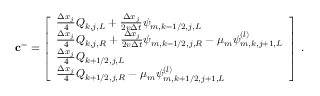
\mathbf { c } ^ { - } = \left[ \begin{array} { l } { \frac { \Delta x _ { j } } { 4 } Q _ { k , j , L } + \frac { \Delta x _ { j } } { 2 v \Delta t } \psi _ { m , k - 1 / 2 , j , L } } \\ { \frac { \Delta x _ { j } } { 4 } Q _ { k , j , R } + \frac { \Delta x _ { j } } { 2 v \Delta t } \psi _ { m , k - 1 / 2 , j , R } - \mu _ { m } \psi _ { m , k , j + 1 , L } ^ { ( l ) } } \\ { \frac { \Delta x _ { j } } { 4 } Q _ { k + 1 / 2 , j , L } } \\ { \frac { \Delta x _ { j } } { 4 } Q _ { k + 1 / 2 , j , R } - \mu _ { m } \psi _ { m , k + 1 / 2 , j + 1 , L } ^ { ( l ) } } \end{array} \right] \; .